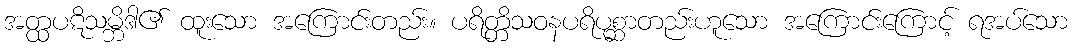
အတ္ထပဋိသမ္ဘိဒါ၏ ထူးသော အကြောင်းတည်း။ ပရိတ္တိသဝနပရိပုစ္ဆာတည်းဟူသော အကြောင်းကြောင့် ရအပ်သော